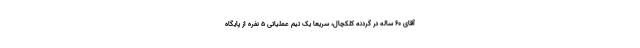
آقای ۶۰ ساله در گردنه کلکچال، سریعاً یک تیم عملیاتی ۵ نفره از پایگاه